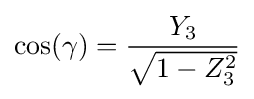
\cos(\gamma )={\frac {Y_{3}}{\sqrt {1-Z_{3}^{2}}}}